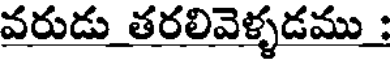
వరుడు తరలివెళ్ళడము :